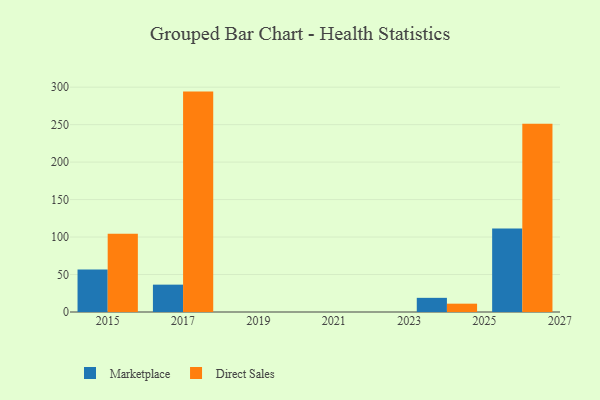
{"axis": {"x": "Year", "y": "Customer Acquisition Cost (USD)"}, "legend": ["Direct Sales", "Marketplace"], "data": [{"x": "2017", "y": 36.5, "type": "Marketplace"}, {"x": "2017", "y": 294.1, "type": "Direct Sales"}, {"x": "2026", "y": 111.4, "type": "Marketplace"}, {"x": "2026", "y": 251.1, "type": "Direct Sales"}, {"x": "2015", "y": 56.7, "type": "Marketplace"}, {"x": "2015", "y": 104.5, "type": "Direct Sales"}, {"x": "2024", "y": 18.9, "type": "Marketplace"}, {"x": "2024", "y": 11.1, "type": "Direct Sales"}]}